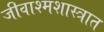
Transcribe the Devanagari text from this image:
जीवाश्मशास्त्रात